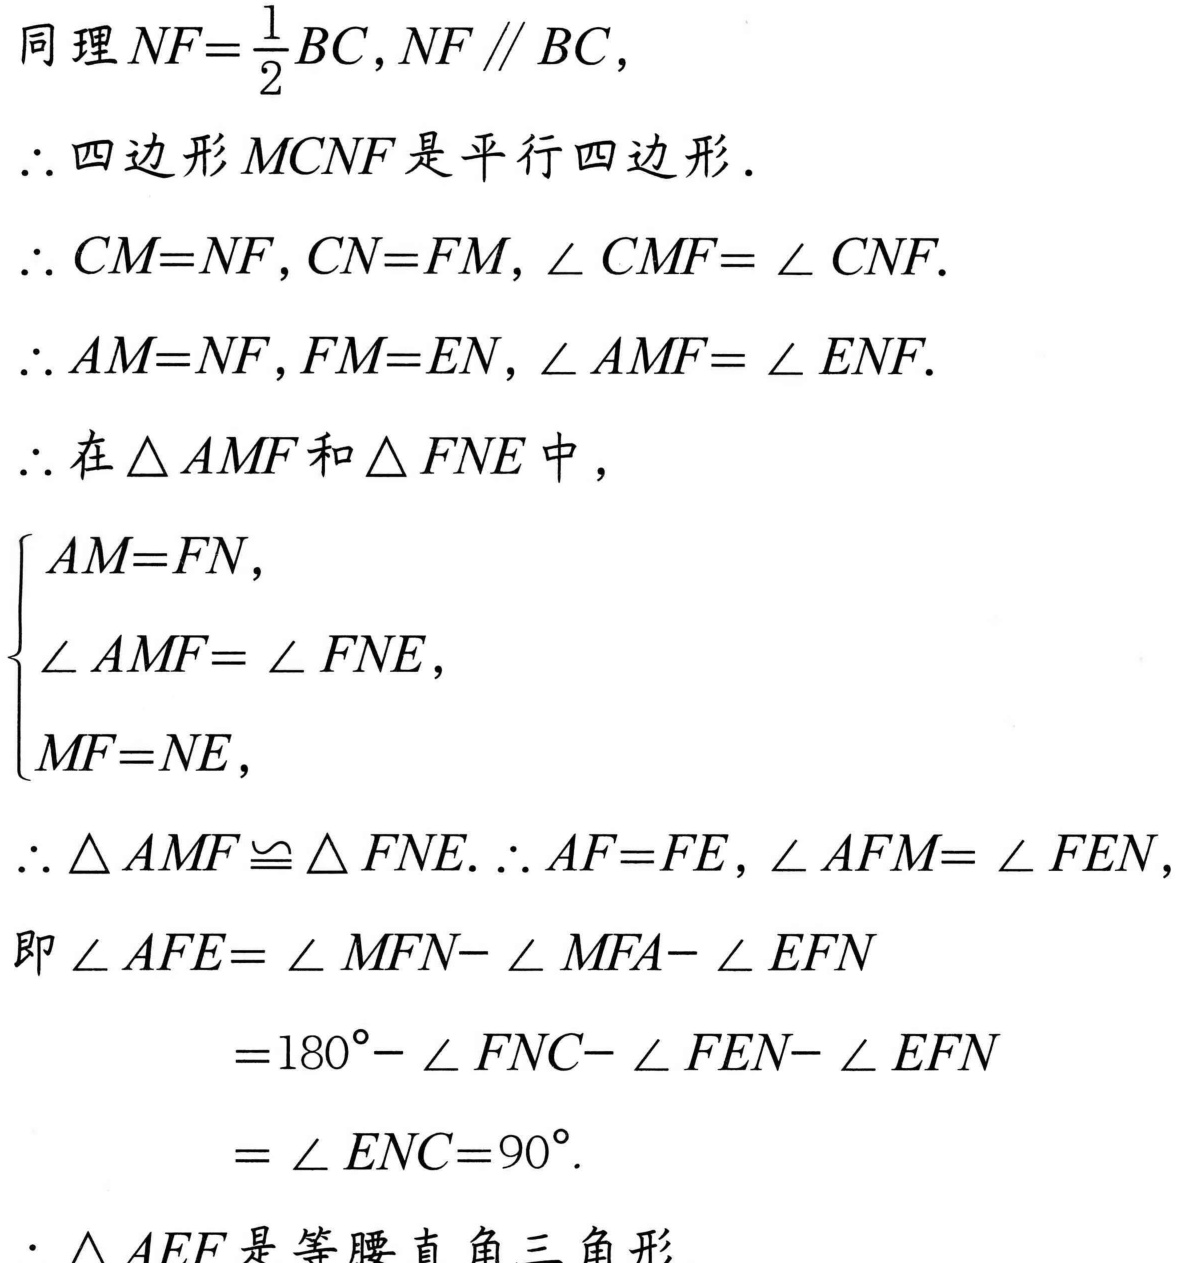
同理 \(NF = \frac{1}{2}BC\)，\(NF\parallel BC\)，
\(\therefore\)四边形\(MCNF\)是平行四边形．
\(\therefore CM = NF\)，\(CN = FM\)，\(\angle CMF=\angle CNF\).
\(\therefore AM = NF\)，\(FM = EN\)，\(\angle AMF=\angle ENF\).
\(\therefore\)在\(\triangle AMF\)和\(\triangle FNE\)中，
\(\begin{cases}
AM = FN,\\
\angle AMF=\angle FNE,\\
MF = NE,
\end{cases}\)
\(\therefore\triangle AMF\cong\triangle FNE.\therefore AF = FE\)，\(\angle AFM=\angle FEN\)，
即\(\angle AFE=\angle MFN - \angle MFA-\angle EFN\)
\(= 180^{\circ}-\angle FNC-\angle FEN-\angle EFN\)
\(=\angle ENC = 90^{\circ}\).
\(\because\triangle AEF\)是等腰直角三角形